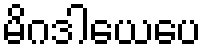
မိဂဒါယေပေ